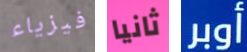
فيزياء ثانيا أوبر